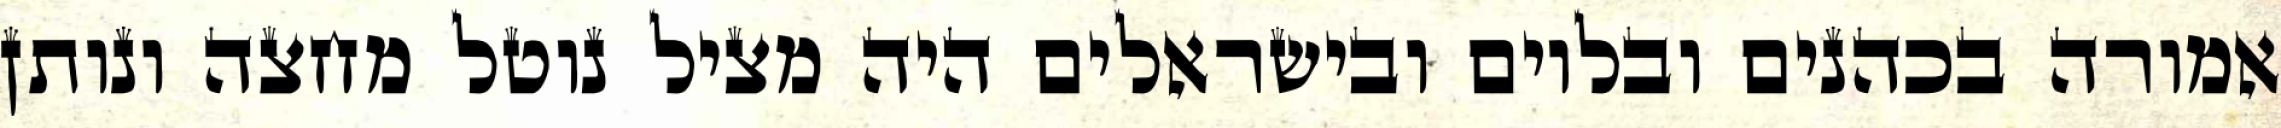
אמורה בכהנים ובלוים ובישראלים היה מציל נוטל מחצה ונותן